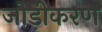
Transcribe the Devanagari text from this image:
जोड़ीकरण